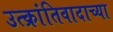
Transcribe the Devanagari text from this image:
उत्क्रांतिवादाच्या